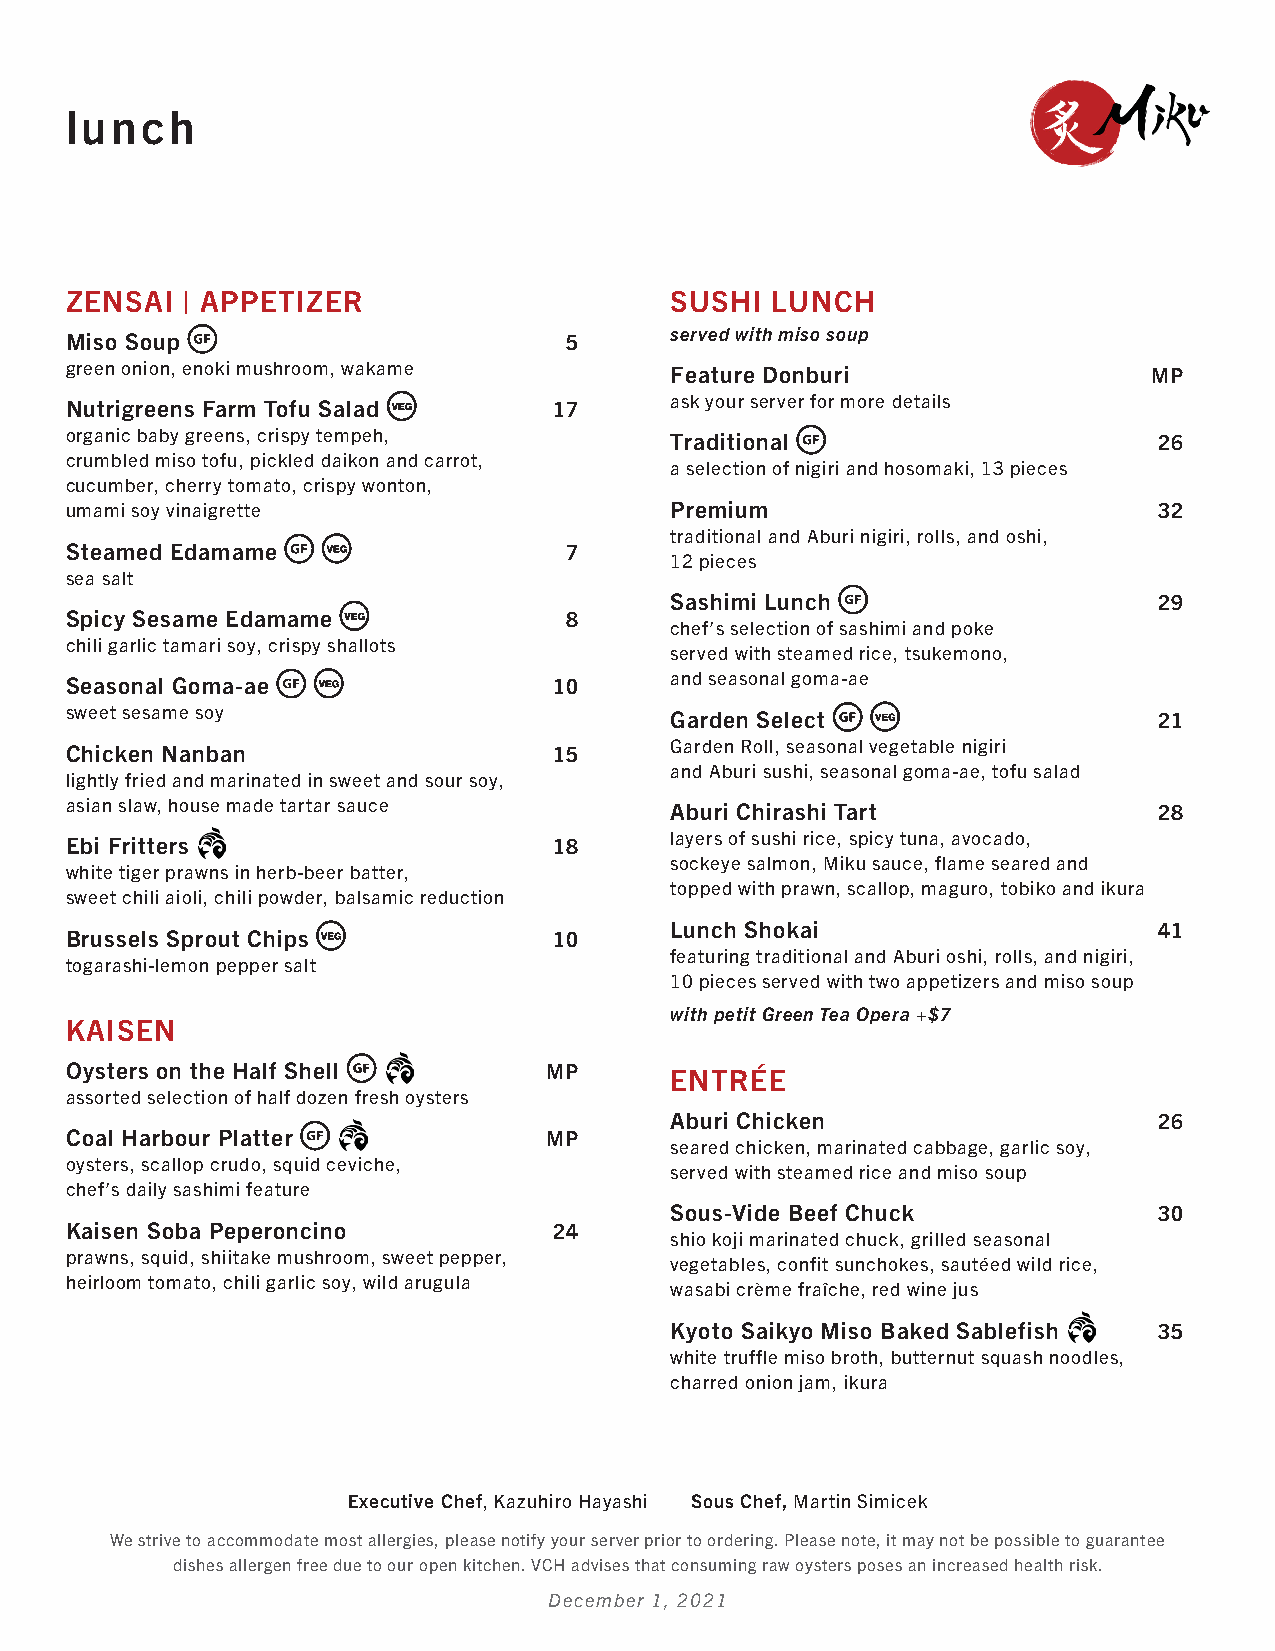
lunch
 ZENSAI  | APPETIZER                     SUSHI  LUNCH
 Miso Soup                        5      served with miso soup
 green onion, enoki mushroom, wakame     Feature Donburi                 MP
 Nutrigreens Farm Tofu Salad      17     ask your server for more details
 organic baby greens, crispy tempeh,     Traditional                      26
 crumbled miso tofu, pickled daikon and carrot,
 a selection of nigiri and hosomaki, 13 pieces
 cucumber, cherry tomato, crispy wonton,
 umami soy vinaigrette                   Premium                          32
 traditional and Aburi nigiri, rolls, and oshi,
 Steamed Edamame                  7
 12 pieces
 sea salt
 Sashimi Lunch                    29
 Spicy Sesame Edamame             8
 chef’s selection of sashimi and poke
 chili garlic tamari soy, crispy shallots
 served with steamed rice, tsukemono,
 Seasonal Goma-ae                 10     and seasonal goma-ae
 sweet sesame soy                        Garden Select                    21
 Chicken Nanban                   15     Garden Roll, seasonal vegetable nigiri
 and Aburi sushi, seasonal goma-ae, tofu salad
 lightly fried and marinated in sweet and sour soy,
 asian slaw, house made tartar sauce     Aburi Chirashi Tart              28
 Ebi Fritters                     18     layers of sushi rice, spicy tuna, avocado,
 sockeye salmon, Miku sauce, flame seared and
 white tiger prawns in herb-beer batter,
 topped with prawn, scallop, maguro, tobiko and ikura
 sweet chili aioli, chili powder, balsamic reduction
 Lunch Shokai                     41
 Brussels Sprout Chips            10
 featuring traditional and Aburi oshi, rolls, and nigiri,
 togarashi-lemon pepper salt
 10 pieces served with two appetizers and miso soup
 with petit Green Tea Opera +$7
 KAISEN
 Oysters on the Half Shell       MP      ENTRÉE
 assorted selection of half dozen fresh oysters
 Aburi Chicken                    26
 Coal Harbour Platter            MP
 seared chicken, marinated cabbage, garlic soy,
 oysters, scallop crudo, squid ceviche,
 served with steamed rice and miso soup
 chef’s daily sashimi feature
 Sous-Vide Beef Chuck             30
 Kaisen Soba Peperoncino          24
 shio koji marinated chuck, grilled seasonal
 prawns, squid, shiitake mushroom, sweet pepper,
 vegetables, confit sunchokes, sautéed wild rice,
 heirloom tomato, chili garlic soy, wild arugula
 wasabi crème fraîche, red wine jus
 Kyoto Saikyo Miso Baked Sablefish 35
 white truffle miso broth, butternut squash noodles,
 charred onion jam, ikura
 Executive Chef, Kazuhiro Hayashi Sous Chef, Martin Simicek
 We strive to accommodate most allergies, please notify your server prior to ordering. Please note, it may not be possible to guarantee
 dishes allergen free due to our open kitchen. VCH advises that consuming raw oysters poses an increased health risk.
 December 1, 2021